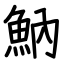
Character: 魶